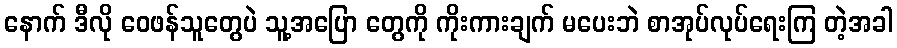
နောက် ဒီလို ဝေဖန်သူတွေပဲ သူ့အပြော တွေကို ကိုးကားချက် မပေးဘဲ စာအုပ်လုပ်ရေးကြ တဲ့အခါ